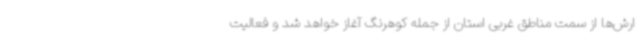
ارش‌ها از سمت مناطق غربی استان از جمله کوهرنگ آغاز خواهد شد و فعالیت